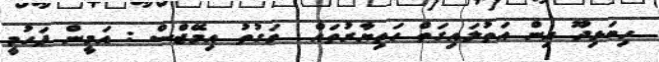
ހިބަޅިދޫ އިން އަތުލައިގަތް ހަތިޔާރުތައް  ވަގުތު އިމޭޖްސް : އަމީން ފަހުމީ